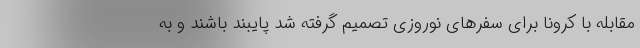
مقابله با کرونا برای سفرهای نوروزی تصمیم گرفته شد پایبند باشند و به